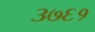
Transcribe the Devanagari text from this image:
३७६१